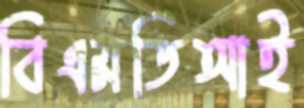
বিএমডিআই